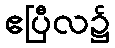
ဧပြီလ၌